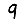
Digit: 9